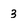
Character: 3